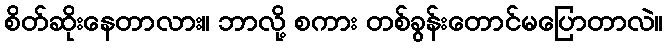
စိတ်ဆိုးနေတာလား။ ဘာလို့ စကား တစ်ခွန်းတောင်မပြောတာလဲ။